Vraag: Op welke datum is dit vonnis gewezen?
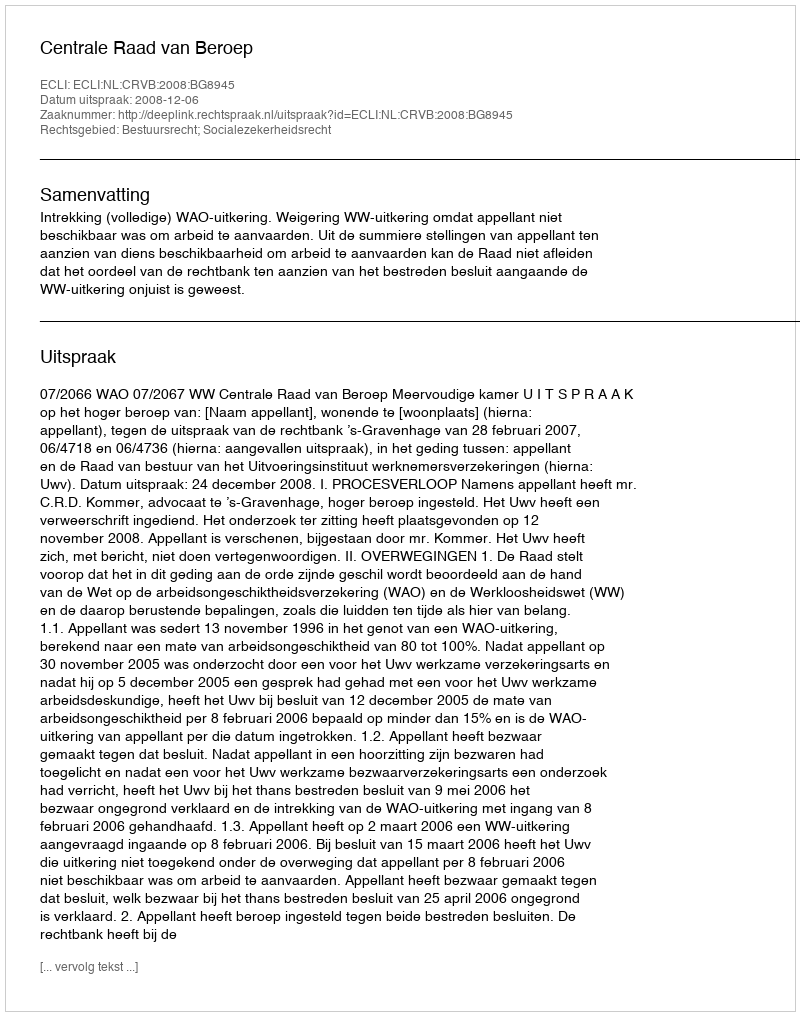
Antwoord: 2008-12-06